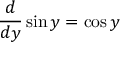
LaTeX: { \frac { d } { d y } } \sin y = \cos y